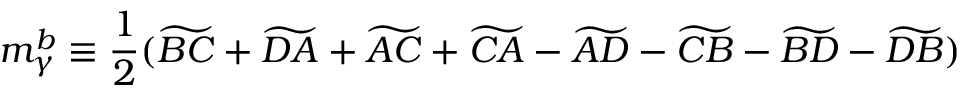
m _ { \gamma } ^ { b } \equiv \frac { 1 } { 2 } ( \widetilde { B C } + \widetilde { D A } + \widetilde { A C } + \widetilde { C A } - \widetilde { A D } - \widetilde { C B } - \widetilde { B D } - \widetilde { D B } )